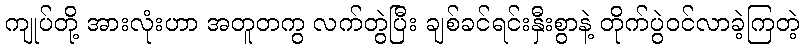
ကျုပ်တို့ အားလုံးဟာ အတူတကွ လက်တွဲပြီး ချစ်ခင်ရင်းနှီးစွာနဲ့ တိုက်ပွဲဝင်လာခဲ့ကြတဲ့